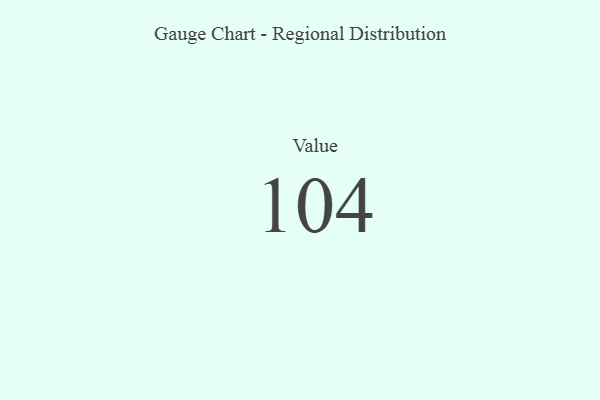
{"axis": {"x": "Metric", "y": "Value"}, "legend": [""], "data": [{"x": "Value", "y": 104, "type": ""}]}